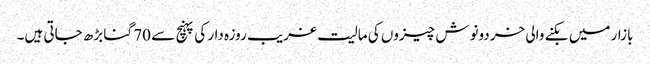
بازار میں بکنے والی خردونوش چیزوں کی مالیت غریب روزہ دار کی پہنچ سے 70 گنا بڑھ جاتی ہیں۔